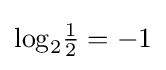
{\textstyle \log _{2}\!{\frac {1}{2}}=-1}